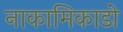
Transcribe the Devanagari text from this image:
नाकामिकाडो